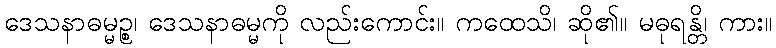
ဒေသနာဓမ္မဉ္စ၊ ဒေသနာဓမ္မကို လည်းကောင်း။ ကထေသိ၊ ဆို၏။ မဓုရန္တိ၊ ကား။